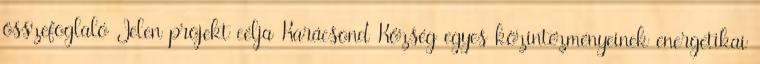
összefoglaló Jelen projekt célja Karácsond Község egyes közintézményeinek energetikai